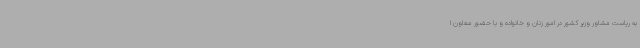
به ریاست مشاور وزیر کشور در امور زنان و خانواده و با حضور معاون ا